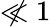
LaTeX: \not\ll 1